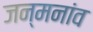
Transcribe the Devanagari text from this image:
जन्मनांव